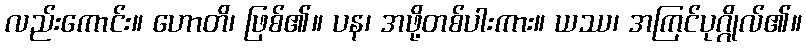
လည်းကောင်း။ ဟောတိ၊ ဖြစ်၏။ ပန၊ အဖို့တစ်ပါးကား။ ယဿ၊ အကြင်ပုဂ္ဂိုလ်၏။